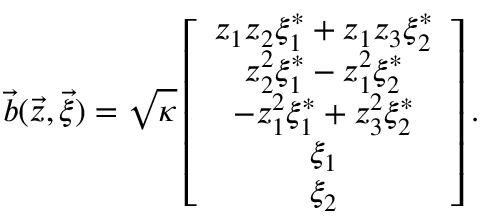
\vec { b } ( \vec { z } , \vec { \xi } ) = \sqrt { \kappa } \left[ \begin{array} { c } { z _ { 1 } z _ { 2 } \xi _ { 1 } ^ { * } + z _ { 1 } z _ { 3 } \xi _ { 2 } ^ { * } } \\ { z _ { 2 } ^ { 2 } \xi _ { 1 } ^ { * } - z _ { 1 } ^ { 2 } \xi _ { 2 } ^ { * } } \\ { - z _ { 1 } ^ { 2 } \xi _ { 1 } ^ { * } + z _ { 3 } ^ { 2 } \xi _ { 2 } ^ { * } } \\ { \xi _ { 1 } } \\ { \xi _ { 2 } } \end{array} \right] .